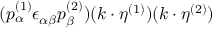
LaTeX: ( p _ { \alpha } ^ { ( 1 ) } \epsilon _ { \alpha \beta } p _ { \beta } ^ { ( 2 ) } ) ( k \cdot \eta ^ { ( 1 ) } ) ( k \cdot \eta ^ { ( 2 ) } )